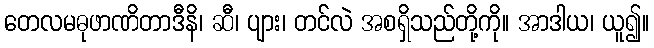
တေလမဓုဖာဏိတာဒီနိ၊ ဆီ၊ ပျား၊ တင်လဲ အစရှိသည်တို့ကို။ အာဒါယ၊ ယူ၍။